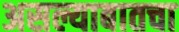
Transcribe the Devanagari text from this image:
असल्याबातचा